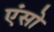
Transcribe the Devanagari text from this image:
एंसो